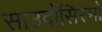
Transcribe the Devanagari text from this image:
साउदोसिस्मो